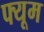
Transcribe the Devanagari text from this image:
फ्यूम